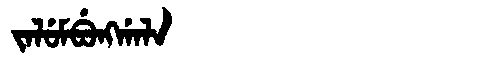
Manchu: ᠵᠠᠯᡠᠮᠪᡠᠩᡤᠠᠯᠠ
Romanization: JALUMBUNGGALA